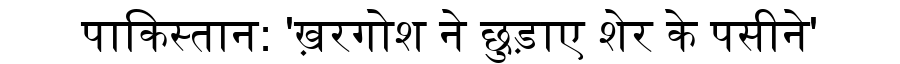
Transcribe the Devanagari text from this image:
पाकिस्तान: 'ख़रगोश ने छुड़ाए शेर के पसीने'